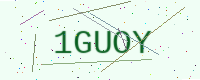
Text: 1GUOY